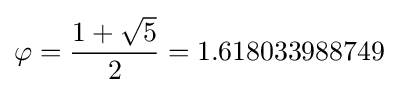
\varphi ={\frac {1+{\sqrt {5}}}{2}}=1.618033988749